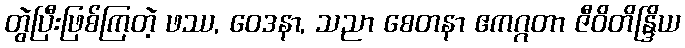
တွဲပြီးဖြစ်ကြတဲ့ ဖဿ, ဝေဒနာ, သညာ စေတနာ ဧကဂ္ဂတာ ဇီဝိတိန္ဒြိယ